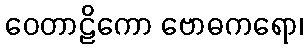
ဝေတာဠိကော ဗောဓကရော၊